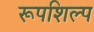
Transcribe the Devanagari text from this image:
रूपशिल्प